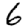
Digit: 6